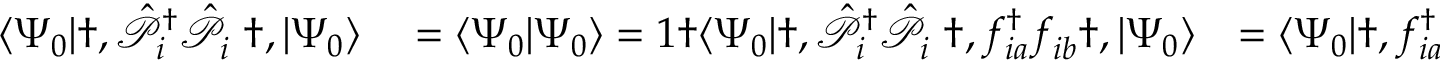
\begin{array} { r l r } { \langle \Psi _ { 0 } | \dag , \hat { \mathcal { P } } _ { i } ^ { { \dagger } } \hat { \mathcal { P } } _ { i } ^ { \phantom { \dagger } } \dag , | \Psi _ { 0 } \rangle } & { { } = \langle \Psi _ { 0 } | \Psi _ { 0 } \rangle = 1 \dag \langle \Psi _ { 0 } | \dag , \hat { \mathcal { P } } _ { i } ^ { { \dagger } } \hat { \mathcal { P } } _ { i } ^ { \phantom { \dagger } } \dag , f _ { i a } ^ { \dagger } f _ { i b } ^ { \phantom { \dagger } } \dag , | \Psi _ { 0 } \rangle } & { = \langle \Psi _ { 0 } | \dag , f _ { i a } ^ { \dagger } f _ { i b } ^ { \phantom { \dagger } } \dag , | \Psi _ { 0 } \rangle \qquad \forall \dag , a , b = 1 , . . . , B { \nu } _ { i } \dag , , } \end{array}